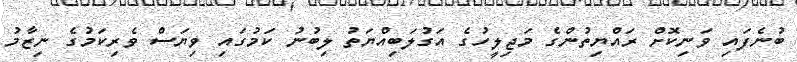
ބުނެފައި ވަނިކޮށް ރައްޔިތުންގެ މަޖިލީހުގެ އަގުލަބިއްޔަތު ލިބުނު ކަމުގައި ވިޔަސް ވެރިކަމުގެ ނިޒާމު